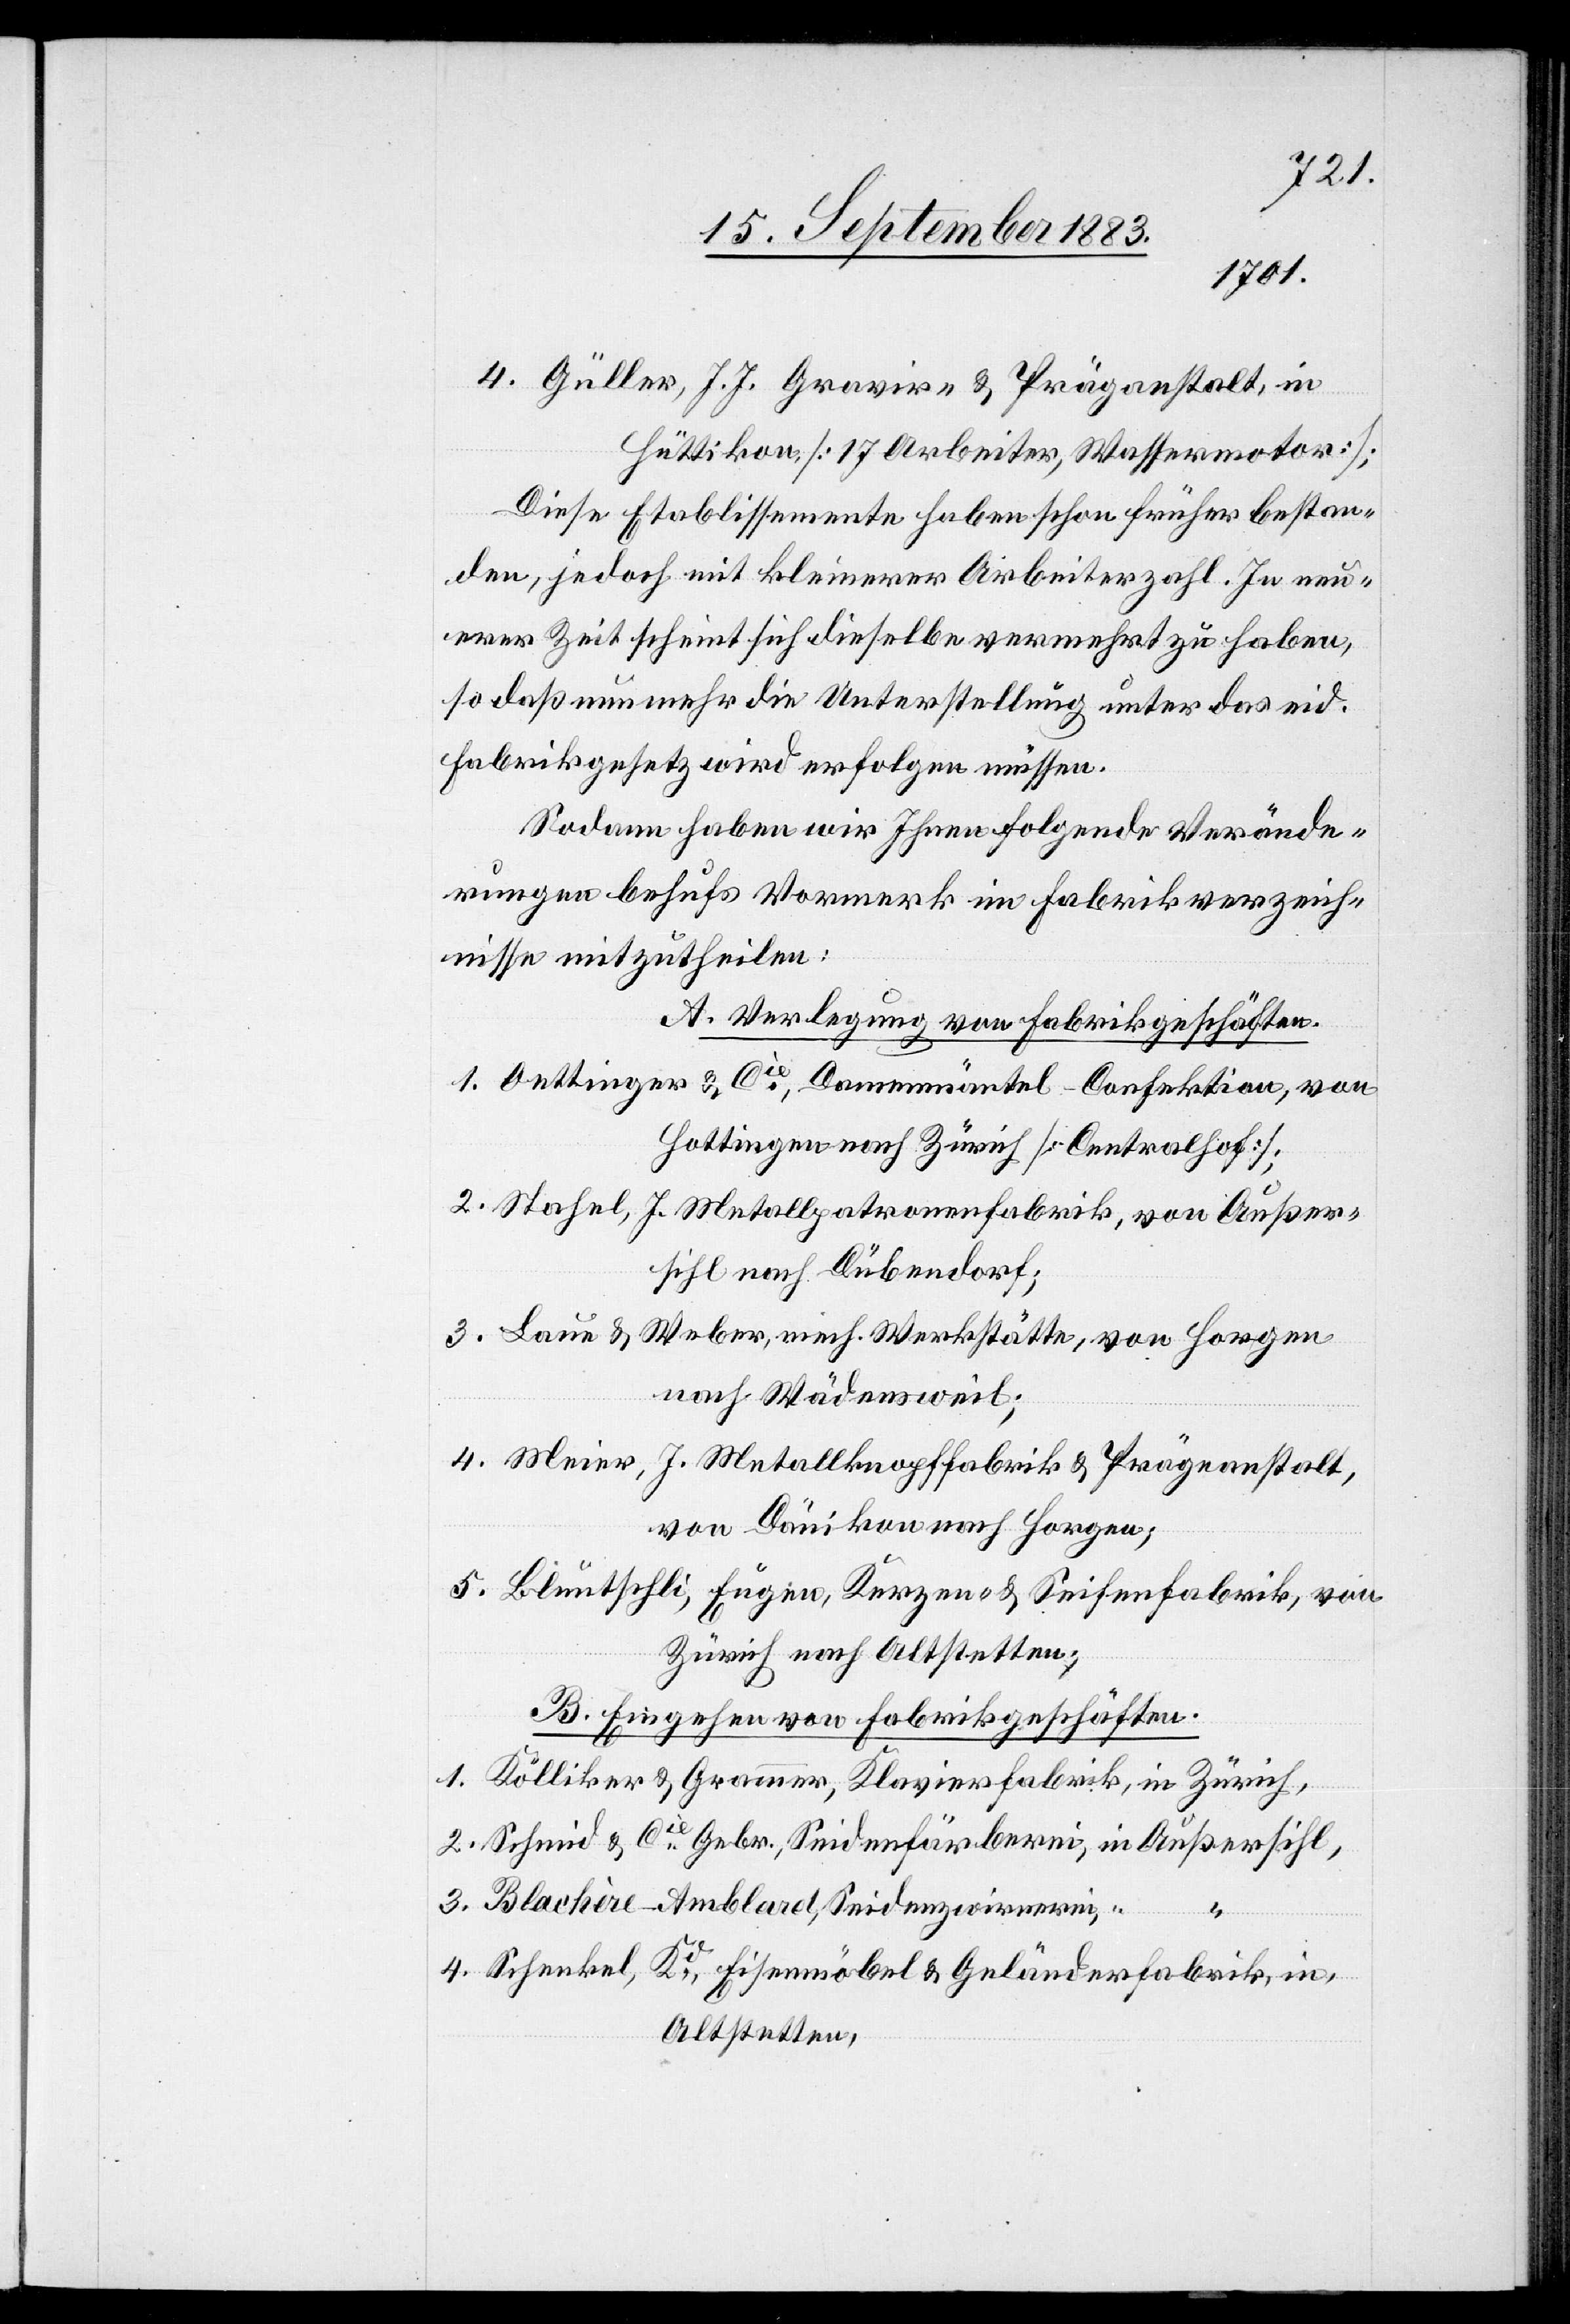
4. Güller, J. J. Gravir- & Präganstalt, in
Hüttikon, [17 Arbeiter, Wassermotor];
Diese Etablissemente haben schon früher bestan¬
den, jedoch mit kleinerer Arbeiterzahl. In neu¬
erer Zeit scheint sich dieselbe vermehrt zu haben,
so daß nunmehr die Unterstellung unter das eid.
Fabrikgesetz wird erfolgen müssen.
Sodann haben wir Ihnen folgende Verände¬
rungen behufs Vormerk im Fabrikverzeich¬
nisse mitzutheilen:
A. Verlegung von Fabrikgeschäften.
1. Oettinger & Cie, Damenmäntel-Confektion, von
Hottingen nach Zürich [Centralhof];
2. Stahel, J. Metallpatronenfabrik, von Außer¬
sihl nach Dübendorf;
3. Laue & Weber, mech. Werkstätte, von Horgen
nach Wädensweil;
4. Meier, J. Metallknopffabrik & Prägeanstalt,
von Dänikon nach Horgen;
5. Bluntschli, Eugen, Kerzen- & Seifenfabrik, von
Zürich nach Altstetten:
B. Eingehen von Fabrikgeschäften.
1. Kölliker & Grammer, Klavierfabrik, in Zürich,
2. Schmid & Cie Gebr., Seidenfärberei, in Außersihl,
3. Blachère-Amblard, Seidenzwirnerei,
4. Schenkel, Kd, Eisenmöbel & Geländerfabrik, in
Altstetten,